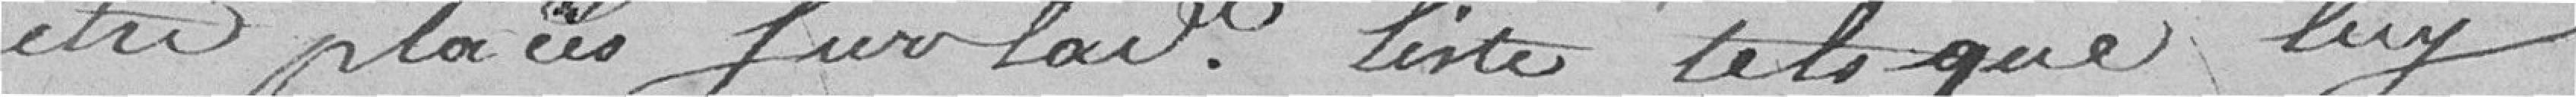
être placé sur ladite liste tels que luy